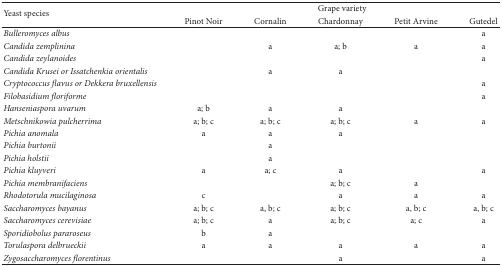
| <ROWSPAN=2> Yeast species | <COLSPAN=5> Grape variety |
 | Pinot Noir | Cornalin | Chardonnay | Petit Arvine | Gutedel |
 | --- | --- | --- | --- | --- | --- |
 | Bulleromyces albus |  |  |  |  | a |
 | Candida zemplinina |  | a | a; b | a | a |
 | Candida zeylanoides |  |  |  |  | a |
 | Candida Krusei or Issatchenkia orientalis |  | a | a |  |  |
 | Cryptococcus flavus or Dekkera bruxellensis |  |  |  |  | a |
 | Filobasidium floriforme |  |  |  |  | a |
 | Hanseniaspora uvarum | a; b | a | a |  |  |
 | Metschnikowia pulcherrima | a; b; c | a; b; c | a; b; c | a | a |
 | Pichia anomala | a | a | a |  |  |
 | Pichia burtonii |  | a |  |  |  |
 | Pichia holstii |  | a |  |  |  |
 | Pichia kluyveri | a | a; c | a |  | a |
 | Pichia membranifaciens |  |  | a; b; c | a |  |
 | Rhodotorula mucilaginosa | c |  | a | a | a |
 | Saccharomyces bayanus | a; b; c | a, b; c | a; b; c | a, b; c | a, b; c |
 | Saccharomyces cerevisiae | a; b; c | a | a; b; c | a; c | a |
 | Sporidiobolus pararoseus | b | a |  |  |  |
 | Torulaspora delbrueckii | a | a | a | a | a |
 | Zygosaccharomyces florentinus |  |  | a |  | a |